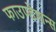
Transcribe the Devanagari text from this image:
फाउण्डेशन्स